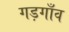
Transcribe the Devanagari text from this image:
गड़गाँव